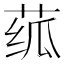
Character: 𬝊